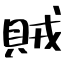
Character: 賊